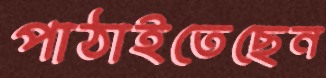
পাঠাইতেছেন